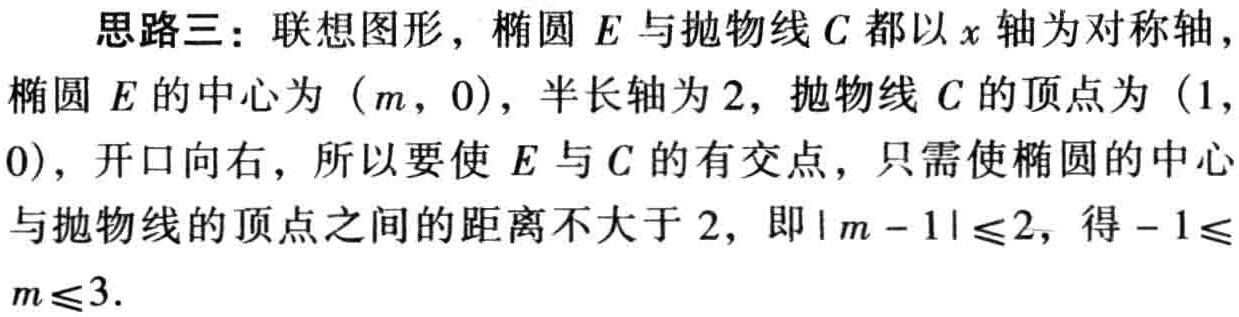
思路三：联想图形，椭圆 \(E\) 与抛物线 \(C\) 都以 \(x\) 轴为对称轴，椭圆 \(E\) 的中心为 \((m,0)\)，半长轴为 \(2\)，抛物线 \(C\) 的顶点为 \((1,0)\)，开口向右，所以要使 \(E\) 与 \(C\) 的有交点，只需使椭圆的中心与抛物线的顶点之间的距离不大于 \(2\)，即 \(|m - 1|\leq2\)，得 \(- 1\leq m\leq3\).